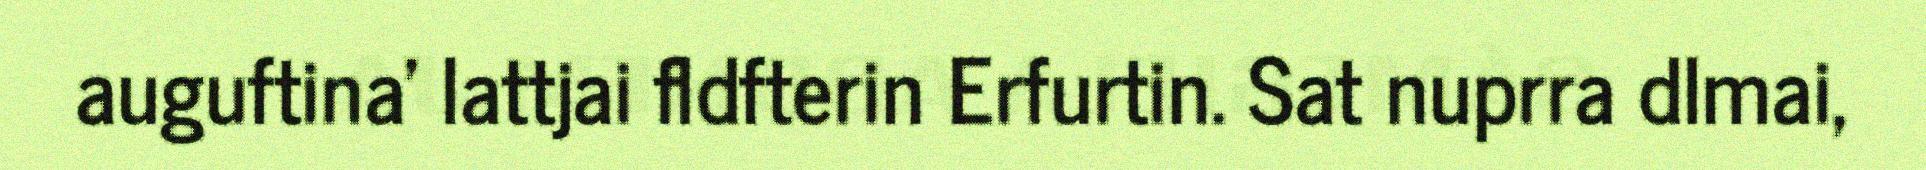
auguftina' lattjai fldfterin Erfurtin. Sat nuprra dlmai,